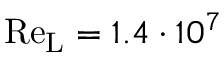
\mathrm { R e } _ { \mathrm { L } } = 1 . 4 \cdot 1 0 ^ { 7 }